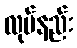
လုပ်နည်း